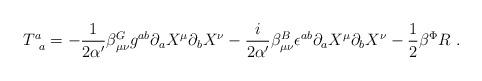
LaTeX: \begin{align*}T^a_{\phantom{a}a}=-{1\over2\alpha^\prime}\beta_{\mu\nu}^Gg^{ab}\partial_aX^\mu\partial_bX^\nu-{i\over2\alpha^\prime}\beta_{\mu\nu}^B\epsilon^{ab}\partial_aX^\mu\partial_bX^\nu-{1\over2}\beta^\Phi R\ .\end{align*}